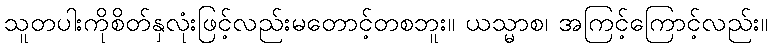
သူတပါးကိုစိတ်နှလုံးဖြင့်လည်းမတောင့်တစဘူး။ ယသ္မာစ၊ အကြင့်ကြောင့်လည်း။